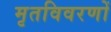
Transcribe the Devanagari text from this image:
मृतविवरणों